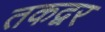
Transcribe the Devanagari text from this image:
तकद्वर